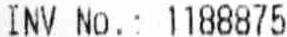
INV NO.: 1188875